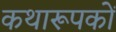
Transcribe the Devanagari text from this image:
कथारूपकों